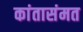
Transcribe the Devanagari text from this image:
कांतासंमत